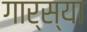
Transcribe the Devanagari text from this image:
गार्स्या